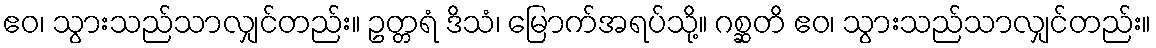
ဧဝ၊ သွားသည်သာလျှင်တည်း။ ဥတ္တရံ ဒိသံ၊ မြောက်အရပ်သို့။ ဂစ္ဆတိ ဧဝ၊ သွားသည်သာလျှင်တည်း။